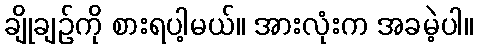
ချိုချဉ်ကို စားရပါ့မယ်။ အားလုံးက အခမဲ့ပါ။